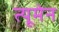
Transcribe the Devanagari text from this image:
त्यूमेन